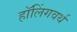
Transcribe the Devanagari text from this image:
हॉलिंगवर्थ